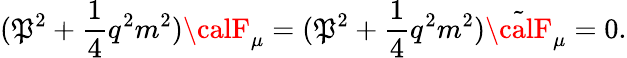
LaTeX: (\mathfrak{P}^{2}+\frac{{1}}{{4}}q^{2}m^{2}){\calF}_{\mu}=(\mathfrak{P}^{2}+\frac{{1}}{{4}}q^{2}m^{2}){\tilde{{\calF}}}_{\mu}=0.